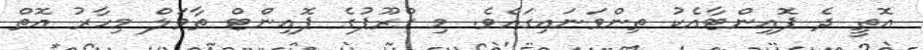
އޮތީ ދެ ޕޮއިންޓާއެކު ތިންވަނައިގައެވެ. މި ގްރޫޕުގެ ޕޮއިންޓް ތާވަލް މިހާރު އޮތް